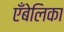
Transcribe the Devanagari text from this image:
एँबेलिका